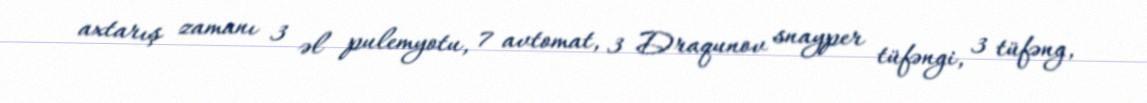
axtarış zamanı 3 əl pulemyotu, 7 avtomat, 3 Draqunov snayper tüfəngi, 3 tüfəng,